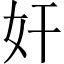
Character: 奸